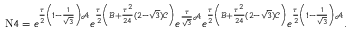
\begin{array} { r } { \mathrm { N } 4 = e ^ { \frac { \tau } { 2 } \left( 1 - \frac { 1 } { \sqrt { 3 } } \right) \mathcal { A } } e ^ { \frac { \tau } { 2 } \left( \mathcal { B } + \frac { \tau ^ { 2 } } { 2 4 } ( 2 - \sqrt { 3 } ) \mathcal { C } \right) } e ^ { \frac { \tau } { \sqrt { 3 } } \mathcal { A } } e ^ { \frac { \tau } { 2 } \left( \mathcal { B } + \frac { \tau ^ { 2 } } { 2 4 } ( 2 - \sqrt { 3 } ) \mathcal { C } \right) } e ^ { \frac { \tau } { 2 } \left( 1 - \frac { 1 } { \sqrt { 3 } } \right) \mathcal { A } } . } \end{array}